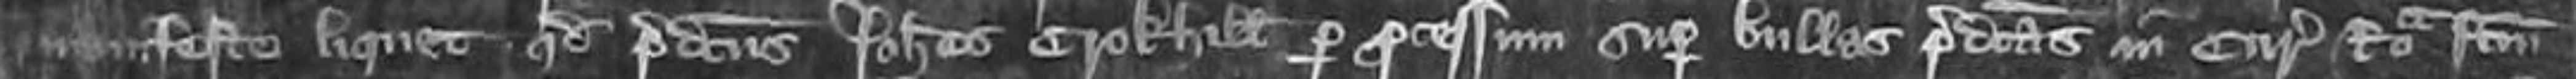
manifeste liquet quod predictus Johannes Crokhill per processum super bullas predictas in Curiam Romanam factam